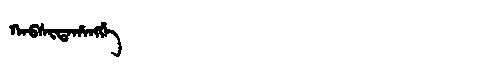
Manchu: ᡴᠠᠪᠰᡳᡨᠠᡥᠠᠩᡤᡝ
Romanization: KABSITAHANGGE